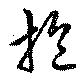
抱